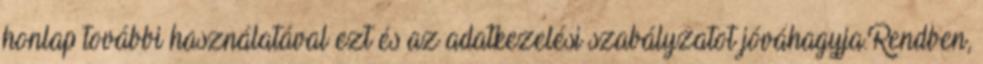
honlap további használatával ezt és az adatkezelési szabályzatot jóváhagyja.Rendben,